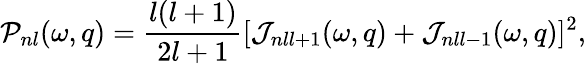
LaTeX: {\cal P}_{nl}(\omega,q)=\frac{l(l+1)}{2l+1}[{\cal J}_{nll+1}(\omega,q)+{\cal J}_{nll-1}(\omega,q)]^{2},